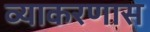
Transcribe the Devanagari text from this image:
व्याकरणास